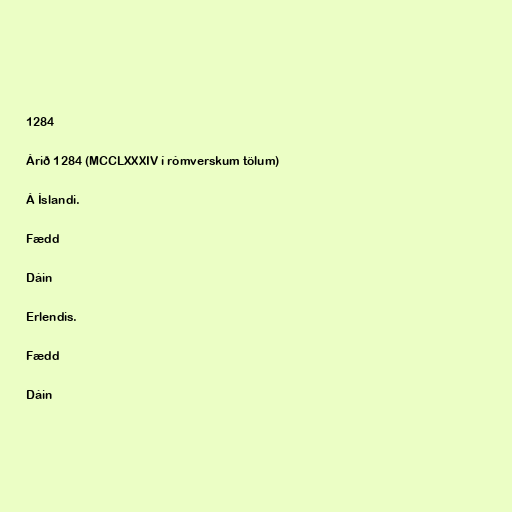
1284

Árið 1284 (MCCLXXXIV í rómverskum tölum)

Á Íslandi.

Fædd

Dáin

Erlendis.

Fædd

Dáin